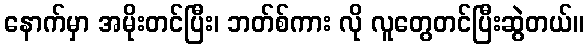
နောက်မှာ အမိုးတင်ပြီး၊ ဘတ်စ်ကား လို လူတွေတင်ပြီးဆွဲတယ်။